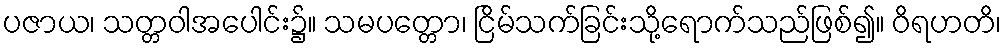
ပဇာယ၊ သတ္တဝါအပေါင်း၌။ သမပတ္တော၊ ငြိမ်သက်ခြင်းသို့ရောက်သည်ဖြစ်၍။ ဝိရဟတိ၊